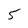
Character: 5